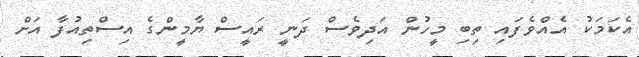
އެކަމަކު އެއްވެފައި ތިބި މީހުން އަދިވެސް ދަނީ ރައީސް ޔާމީންގެ އިސްތިއުފާ އަށް